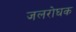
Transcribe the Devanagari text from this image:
जलरोघक